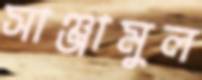
সাঞ্জামুল